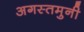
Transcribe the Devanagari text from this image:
अगस्‍तमुनी